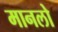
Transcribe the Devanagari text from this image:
मानलो